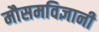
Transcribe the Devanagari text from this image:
मौसमविज्ञानी